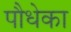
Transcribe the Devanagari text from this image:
पौधेका